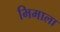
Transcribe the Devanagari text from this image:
भिमाला